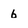
Character: 6